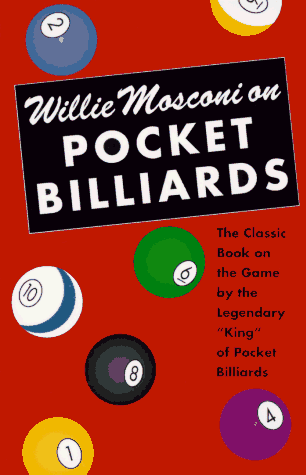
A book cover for Willie Mosconi On Pocket Billiards: The Classic Book on the Game by the Legendary "King" of Pocket Billiards (Little Sports Library); Willie Mosconi; Sports & Outdoors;